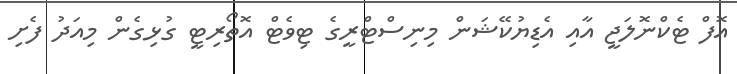
އޮފް ޓެކްނޮލަޖީ އާއި އެޑިޔުކޭޝަން މިނިސްޓްރީގެ ޓިވެޓް އޮތޯރިޓީ ގުޅިގެން މިއަދު ފެށި